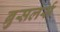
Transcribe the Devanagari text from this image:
ब्रुसलर्स